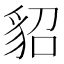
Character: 貂